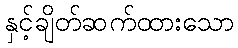
နှင့်ချိတ်ဆက်ထားသော